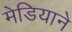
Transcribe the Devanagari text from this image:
मेडियाने